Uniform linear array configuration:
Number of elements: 64
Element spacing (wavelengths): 0.5
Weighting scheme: hann
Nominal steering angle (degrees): -15
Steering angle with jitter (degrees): -15.005
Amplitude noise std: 0.05
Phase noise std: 0.05

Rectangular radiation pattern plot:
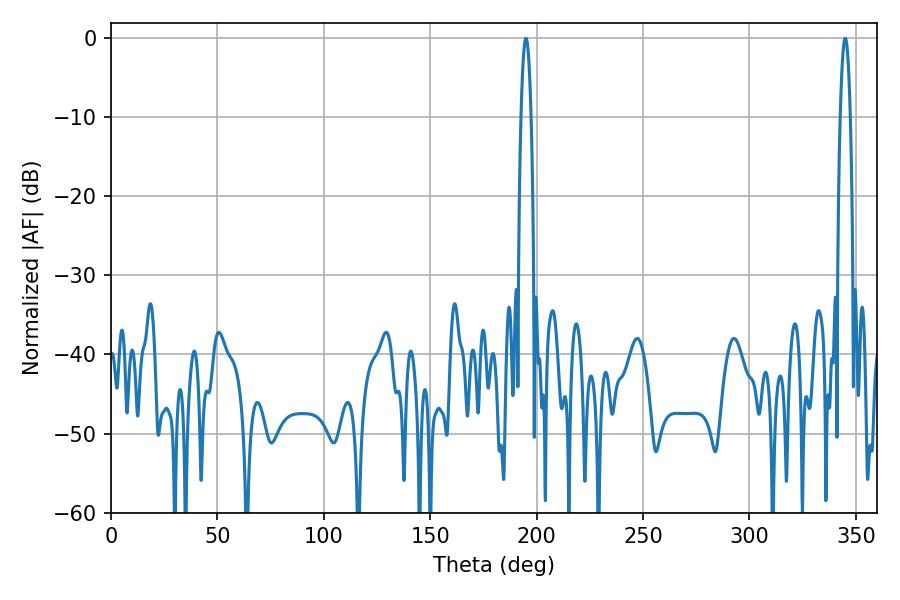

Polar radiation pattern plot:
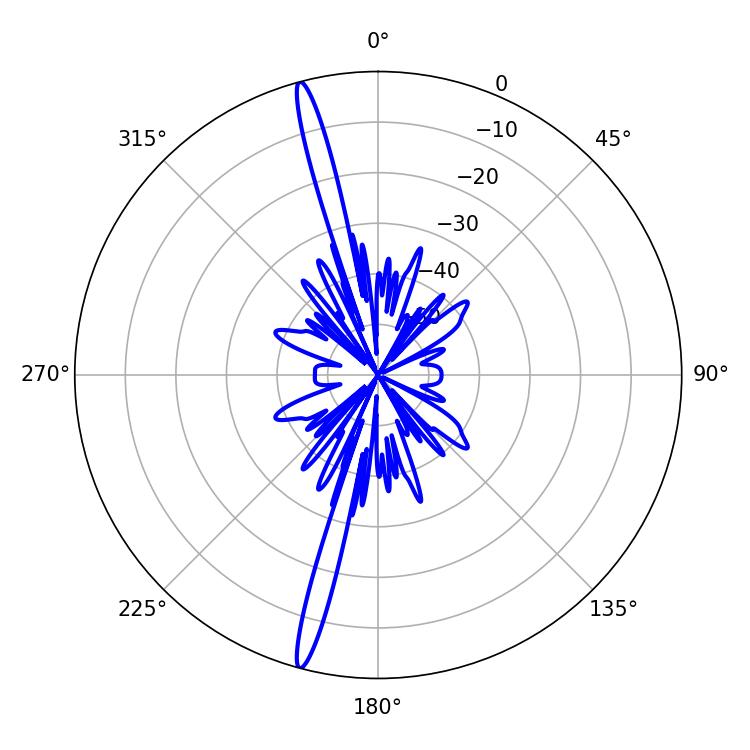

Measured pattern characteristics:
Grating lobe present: FALSE
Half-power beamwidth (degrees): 2.52
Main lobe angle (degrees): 194.94